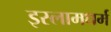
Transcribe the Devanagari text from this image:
इस्लामधर्म